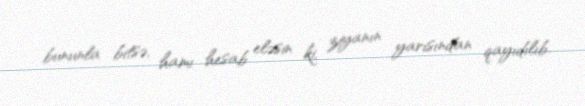
bununla bitsə, hamı hesab eləsin ki, ziyanın yarısından qayıdılıb.